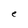
Character: e